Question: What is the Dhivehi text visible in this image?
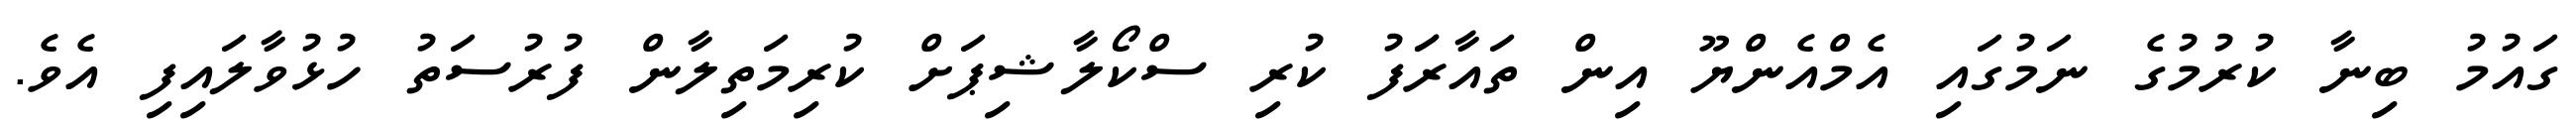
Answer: ގައުމު ބިނާ ކުރުމުގެ ނަމުގައި އެމްއެންޔޫ އިން ތައާރަަފު ކުރި ސްކޯލާޝިޕަށް ކުރިމަތިލާން ފުރުސަތު ހުޅުވާލައިފި އެވެ.